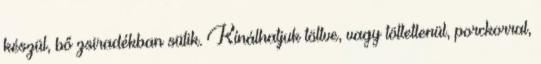
készül, bő zsiradékban sütik. Kínálhatjuk töltve, vagy töltetlenül, porckorral,